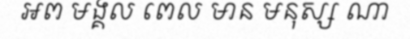
អព មង្គល ពេល មាន មនុស្ស ណា